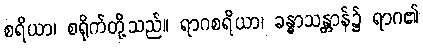
စရိယာ၊ စရိုက်တို့သည်။ ရာဂစရိယာ၊ ခန္ဓာသန္တာန်၌ ရာဂ၏